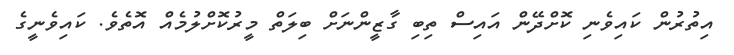
އިތުރުން ކައިވެނި ކޮށްދޭން އައިސް ތިބި ގާޒީންނަށް ބިލަތް މީރުކޮށްލުމެއް އޮތެވެ. ކައިވެނީގެ